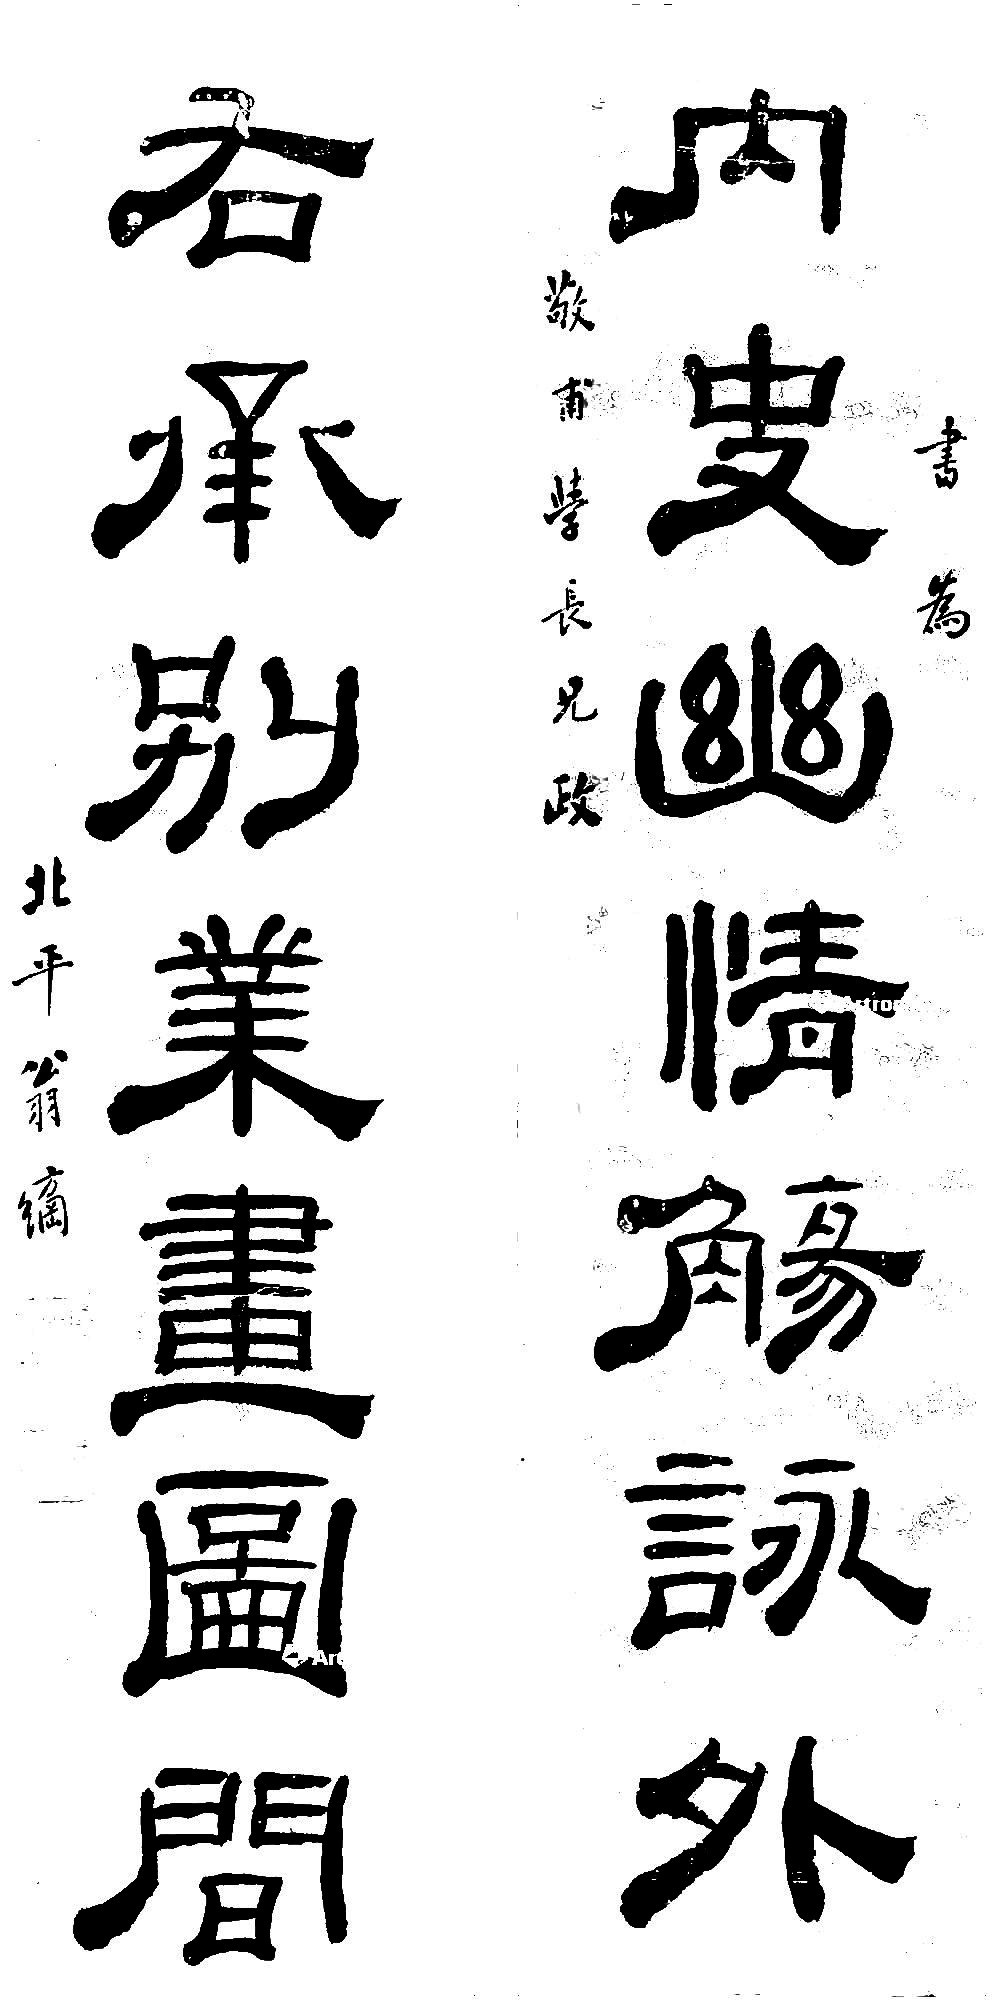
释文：内史幽情觞咏外，右丞别业画图间。书为敬甫学长兄政，北平翁方纲。